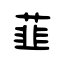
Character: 韮